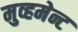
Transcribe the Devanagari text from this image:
मुव्हमेन्ट